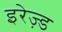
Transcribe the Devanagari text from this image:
इरेज़्ड